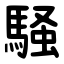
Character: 騒